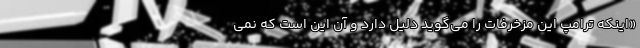
«اینکه ترامپ این مزخرفات را می‌گوید دلیل دارد و آن این است که نمی